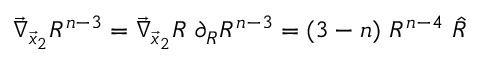
\vec { \nabla } _ { \vec { x } _ { 2 } } R ^ { n - 3 } = \vec { \nabla } _ { \vec { x } _ { 2 } } R ~ \partial _ { R } R ^ { n - 3 } = ( 3 - n ) ~ R ^ { n - 4 } ~ \hat { R }